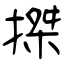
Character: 搩